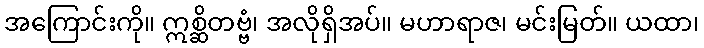
အကြောင်းကို။ ဣစ္ဆိတဗ္ဗံ၊ အလိုရှိအပ်။ မဟာရာဇ၊ မင်းမြတ်။ ယထာ၊